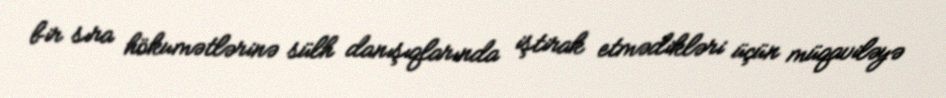
bir sıra hökumətlərinə sülh danışıqlarında iştirak etmədikləri üçün müqaviləyə